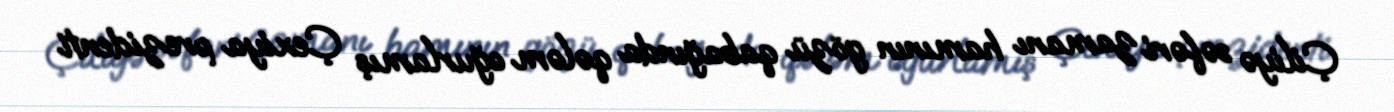
Çiliyə səfəri zamanı hamının gözü qabağında qələm oğurlamış Çexiya prezidenti